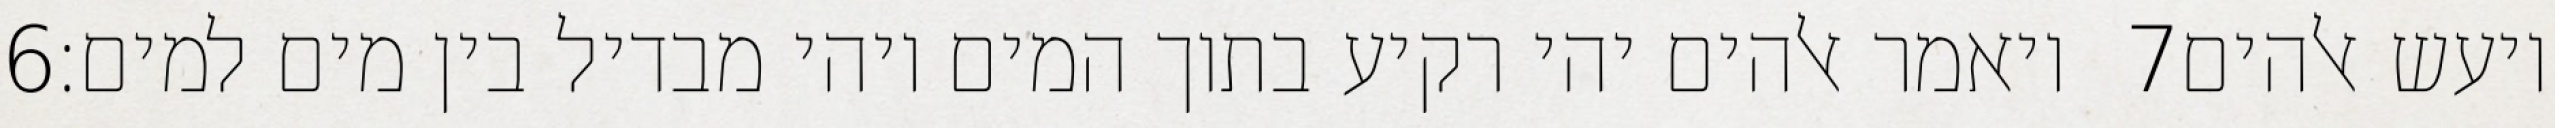
‎6‏ ויאמר אלהים יהי רקיע בתוך המים ויהי מבדיל בין מים למים׃ ‎7‏ ויעש אלהים